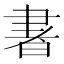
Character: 𰭽